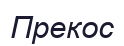
Прекос